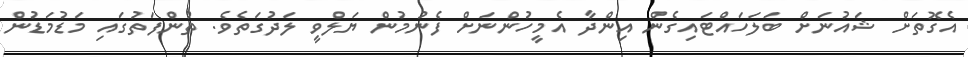
އެގޮތަށް ޝައުނަށް ބަލަހައްޓައިގެން އިންދާ އެމީހުންނަށް ފެނުމުން ޔަލްވީ ލަދުގަތެވެ. ތުންފަތުގައި މަޑުމަޑުން